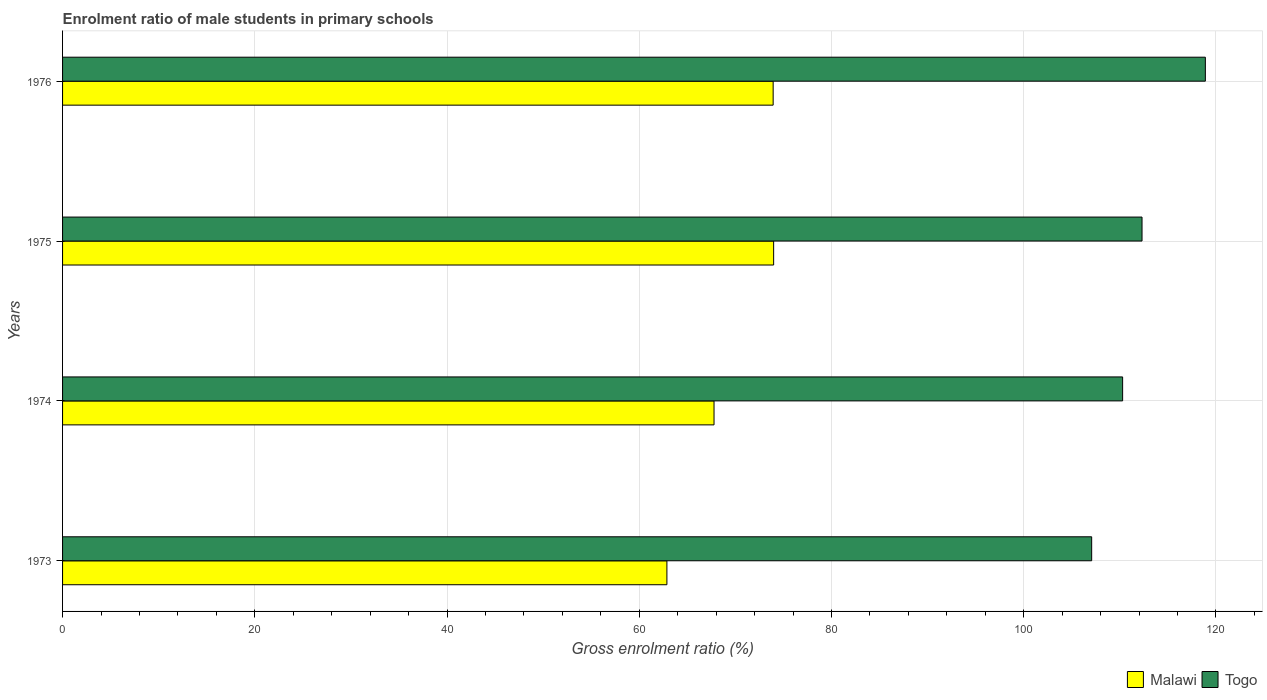
| Years | Malawi | Togo |
 | --- | --- | --- |
 | 1973 | 62.9 | 107 |
 | 1974 | 67.8 | 110 |
 | 1975 | 74 | 112 |
 | 1976 | 73.9 | 119 |